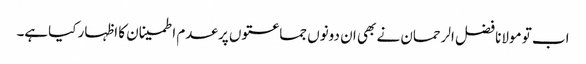
اب تو مولانا فضل الرحمان نے بھی ان دونوں جماعتوں پر عدم اطمینان کا اظہار کیاہے۔